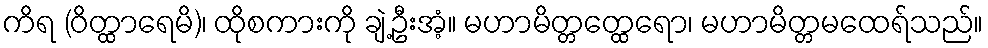
ကိရ (ဝိတ္ထာရေမိ)၊ ထိုစကားကို ချဲ့ဦးအံ့။ မဟာမိတ္တတ္ထေရော၊ မဟာမိတ္တမထေရ်သည်။